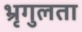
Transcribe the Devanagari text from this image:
भ्रृगुलता